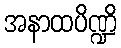
အနာထပိဏ္ဍိ